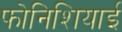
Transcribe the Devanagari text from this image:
फोनिशियाई